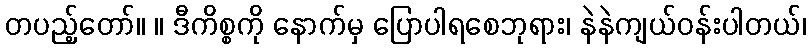
တပည့်တော်။ ။ ဒီကိစ္စကို နောက်မှ ပြောပါရစေဘုရား၊ နဲနဲကျယ်ဝန်းပါတယ်၊